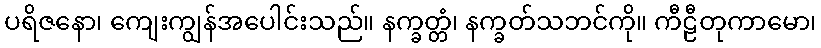
ပရိဇနော၊ ကျေးကျွန်အပေါင်းသည်။ နက္ခတ္တံ၊ နက္ခတ်သဘင်ကို။ ကီဠီတုကာမော၊